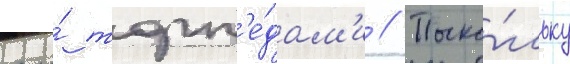
его́ торп'е́дам'и // Поско́льку